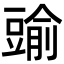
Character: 䜽